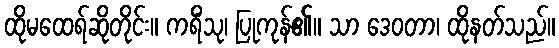
ထိုမထေရ်ဆိုတိုင်း။ ကရိံသု၊ ပြုကုန်၏။ သာ ဒေဝတာ၊ ထိုနတ်သည်။